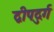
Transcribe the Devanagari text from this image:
द्वीपदुर्ग